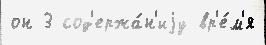
он 3 сод'ержа́н'иjу вр'е́м'я